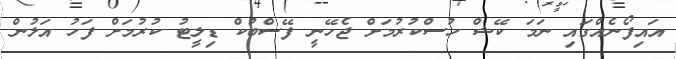
އައިފޯނެއްގައި ނަމަ ކޭޝް ހުސްކުރުމަށް ޖެހޭނީ ފޭސްބުކް ޑިލީޓު ކުރުމަށް ފަހު އަލުން